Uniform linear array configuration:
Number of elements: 64
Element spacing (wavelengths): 1
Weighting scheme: blackman
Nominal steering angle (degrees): -30
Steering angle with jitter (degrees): -31.056
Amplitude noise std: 0.05
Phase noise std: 0.05

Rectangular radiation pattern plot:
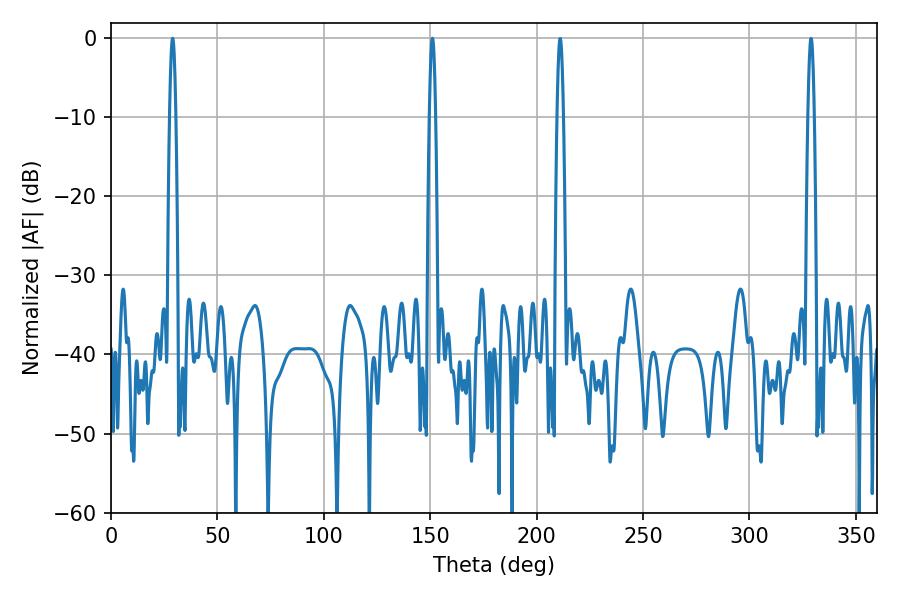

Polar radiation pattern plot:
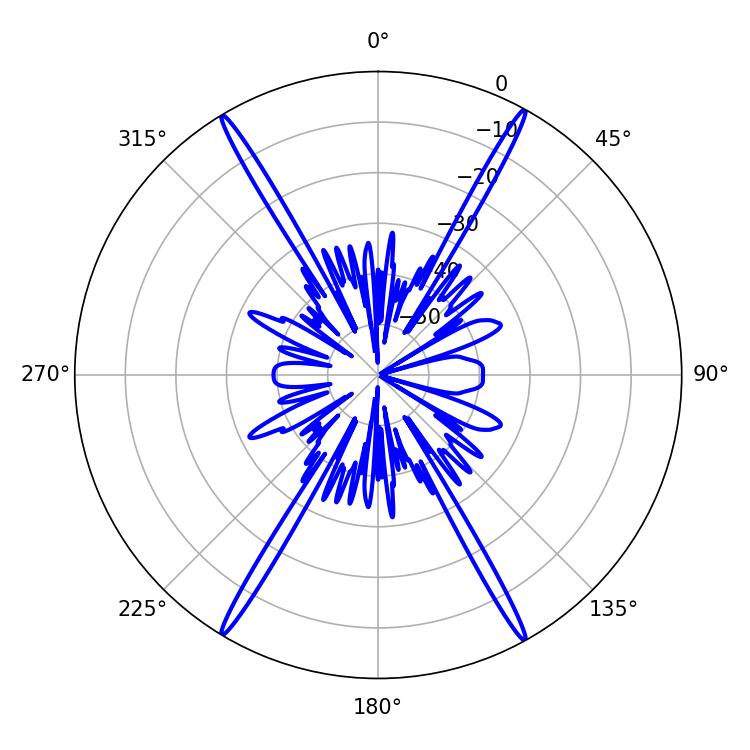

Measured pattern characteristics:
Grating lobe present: TRUE
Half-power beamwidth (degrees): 1.44
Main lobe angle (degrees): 151.02